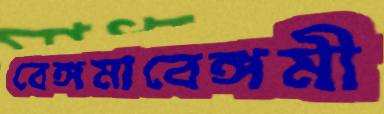
বেঙ্গমাবেঙ্গমী